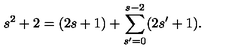
s ^ { 2 } + 2 = ( 2 s + 1 ) + \sum _ { s ^ { \prime } = 0 } ^ { s - 2 } ( 2 s ^ { \prime } + 1 ) .